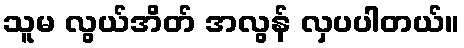
သူမ လွယ်အိတ် အလွန် လှပပါတယ်။